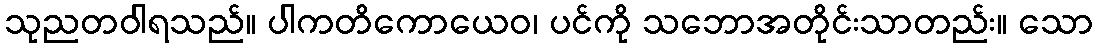
သုညတဝါရသည်။ ပါကတိကောယေဝ၊ ပင်ကို သဘောအတိုင်းသာတည်း။ သော